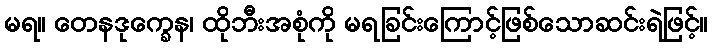
မရ။ တေနဒုက္ခေန၊ ထိုဘီးအစုံကို မရခြင်းကြောင့်ဖြစ်သောဆင်းရဲဖြင့်။